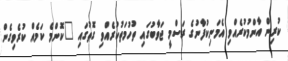
ކުރިން އާންމުކުރެއްވި އެމަނިކުފާނުގެ ރަސްމީ ޖަވާބުގައި ތުހުމަތުކުރެއްވި ގޮތުގައި "ކޮންމެ ކަމެއް ކުރެވިގެން